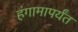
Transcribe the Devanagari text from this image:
हंगामापर्यंत